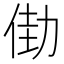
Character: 𠡬